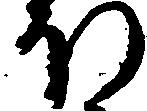
ほ